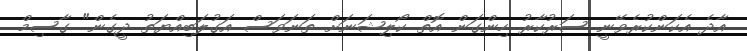
އާދެ އެކަންކުރެވޭނީ ސަރުކާރު ހިންގަން އޮތް ކޯލިޝަނަށް ތަނަވަސް އަގުލަބިއްޔަތު ދީގެން" ގާސިމް